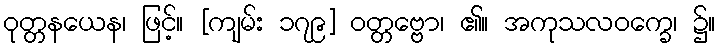
ဝုတ္တနယေန၊ ဖြင့်။ [ကျမ်း ၁၇၉] ဝတ္တဗ္ဗော၊ ၏။ အကုသလဝက္ခေ၊ ၌။